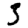
Digit: 3